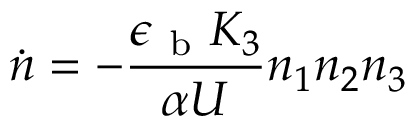
\dot { n } = - \frac { \epsilon _ { \mathrm { ~ b ~ } } K _ { 3 } } { \alpha U } n _ { 1 } n _ { 2 } n _ { 3 }